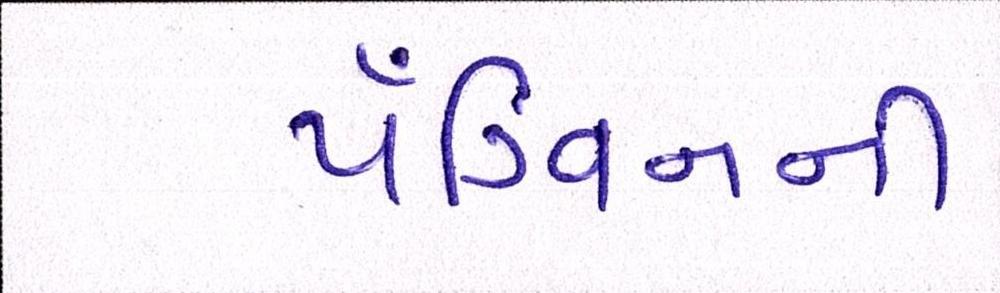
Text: પૅંગ્વિનની